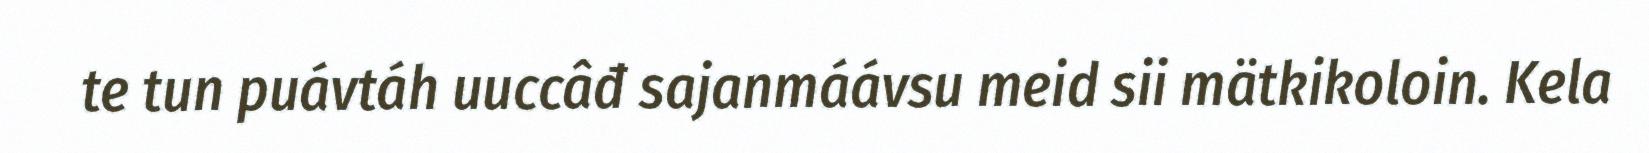
te tun puávtáh uuccâđ sajanmáávsu meid sii mätkikoloin. Kela